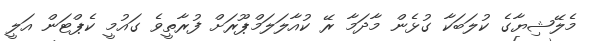
މެލޭޝިޔާގެ ކުލަބަކާ ގުޅެން މާދަމާ ރޭ ކުއާލަލަމްޕޫރަށް ފުރާތީވެ ގައުމީ ކެޕްޓަން އަލީ